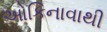
ઓકિનાવાથી